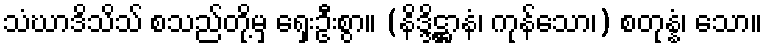
သံဃာဒိသိသ် စသည်တို့မှ ရှေးဦးစွာ။ (နိဒ္ဒိဋ္ဌာနံ၊ ကုန်သော၊) စတုန္နံ၊ သော။